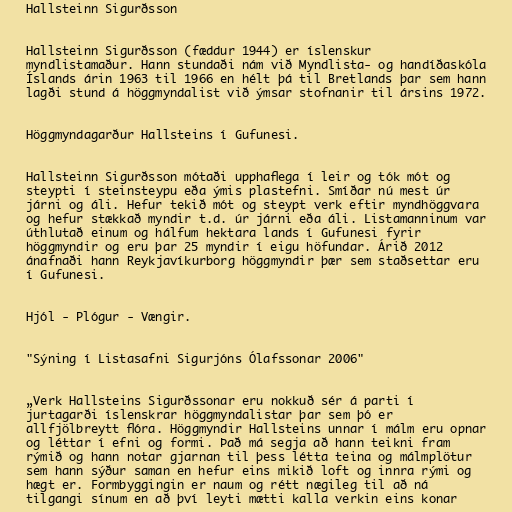
Hallsteinn Sigurðsson

Hallsteinn Sigurðsson (fæddur 1944) er íslenskur
myndlistamaður. Hann stundaði nám við Myndlista- og handíðaskóla
Íslands árin 1963 til 1966 en hélt þá til Bretlands þar sem hann
lagði stund á höggmyndalist við ýmsar stofnanir til ársins 1972.

Höggmyndagarður Hallsteins í Gufunesi.

Hallsteinn Sigurðsson mótaði upphaflega í leir og tók mót og
steypti í steinsteypu eða ýmis plastefni. Smíðar nú mest úr
járni og áli. Hefur tekið mót og steypt verk eftir myndhöggvara
og hefur stækkað myndir t.d. úr járni eða áli. Listamanninum var
úthlutað einum og hálfum hektara lands í Gufunesi fyrir
höggmyndir og eru þar 25 myndir í eigu höfundar. Árið 2012
ánafnaði hann Reykjavíkurborg höggmyndir þær sem staðsettar eru
í Gufunesi.

Hjól - Plógur - Vængir.

"Sýning í Listasafni Sigurjóns Ólafssonar 2006"

„Verk Hallsteins Sigurðssonar eru nokkuð sér á parti í
jurtagarði íslenskrar höggmyndalistar þar sem þó er
allfjölbreytt flóra. Höggmyndir Hallsteins unnar í málm eru opnar
og léttar í efni og formi. Það má segja að hann teikni fram
rýmið og hann notar gjarnan til þess létta teina og málmplötur
sem hann sýður saman en hefur eins mikið loft og innra rými og
hægt er. Formbyggingin er naum og rétt nægileg til að ná
tilgangi sínum en að því leyti mætti kalla verkin eins konar